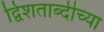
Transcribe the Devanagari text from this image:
द्विशताब्दीच्या